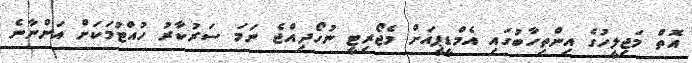
އޮތް މަޖިލީހުގެ އިންތިހާބުގައި އެމްޑީޕީއަށް މެޖޯރިޓީ ނުހޯދިއްޖެ ނަމަ ސަރުކާރު ހުއްޓުމަކަށް އަންނާނެ